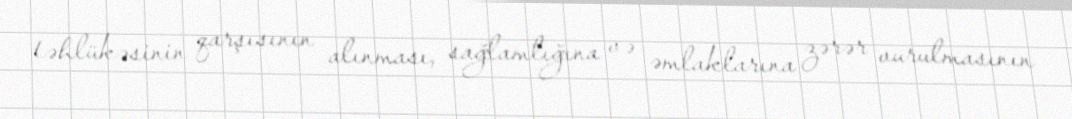
təhlükəsinin qarşısının alınması, sağlamlığına və əmlaklarına zərər vurulmasının